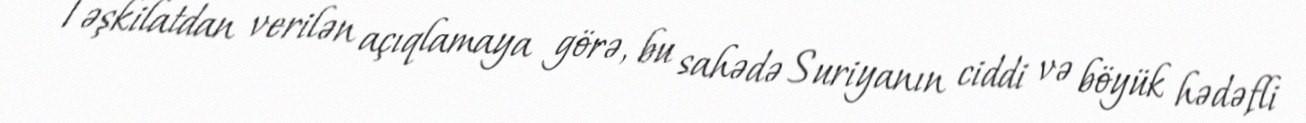
Təşkilatdan verilən açıqlamaya görə, bu sahədə Suriyanın ciddi və böyük hədəfli